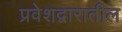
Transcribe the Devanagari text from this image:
प्रवेशद्वारातील